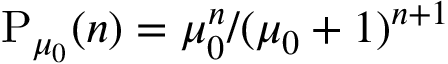
\mathrm { P } _ { \mu _ { 0 } } ( n ) = \mu _ { 0 } ^ { n } / ( \mu _ { 0 } + 1 ) ^ { n + 1 }